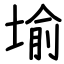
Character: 堬